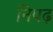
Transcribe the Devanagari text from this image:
निपढ़